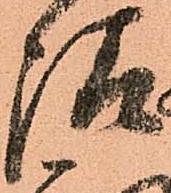
請